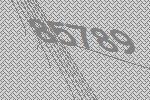
85789